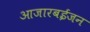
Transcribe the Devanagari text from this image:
आजारबईजन